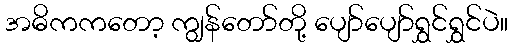
အဓိကကတော့ ကျွန်တော်တို့ ပျော်ပျော်ရွှင်ရွှင်ပဲ။